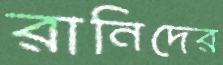
রানিদের